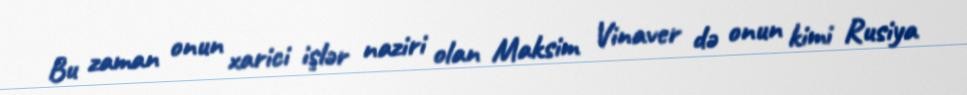
Bu zaman onun xarici işlər naziri olan Maksim Vinaver də onun kimi Rusiya